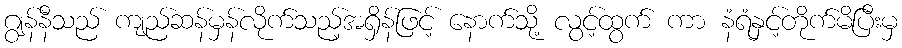
ဂျွန်နီသည် ကျည်ဆန်မှန်လိုက်သည့်အရှိန်ဖြင့် နောက်သို့ လွင့်ထွက် ကာ နံရံနှင့်တိုက်မိပြီးမှ